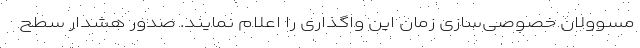
مسوولان خصوصی‌سازی زمان این واگذاری را اعلام نمایند. صدور هشدار سطح